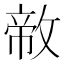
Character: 𪯐